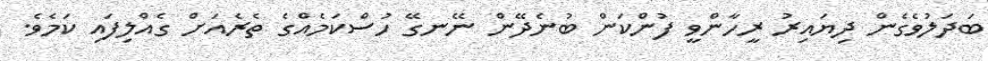
ބަދަލުވެގެން ދިޔައިރު ރީހާންވީ ފުންކަން ބުނެދޭން ނޭނގޭ ހުސްކަމެއްގެ ތެރެއަށް ގެއްލިފައި ކަމެވެ.